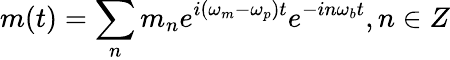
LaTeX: m(t)=\sum_{n}m_{n}e^{i(\omega_{m}-\omega_{p})t}e^{-in\omega_{b}t},n\in Z